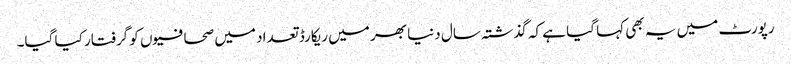
رپورٹ میں یہ بھی کہا گیا ہے کہ گذشتہ سال دنیا بھر میں ریکارڈ تعداد میں صحافیوں کو گرفتار کیا گیا۔